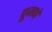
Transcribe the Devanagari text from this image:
पूजणे